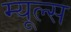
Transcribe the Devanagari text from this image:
म्यूल्स